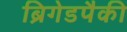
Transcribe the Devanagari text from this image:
ब्रिगेडपैकी